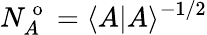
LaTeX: N_{A}^{\mathrm{~o~}}=\langle A|A\rangle^{-1/2}